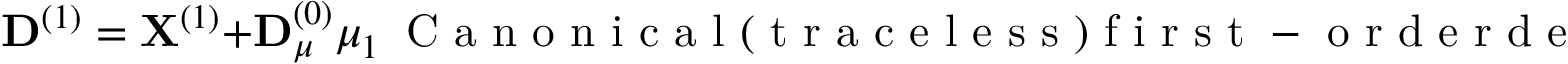
{ \bf D } ^ { ( 1 ) } = { \bf X } ^ { ( 1 ) } + { \bf D } _ { \mu } ^ { ( 0 ) } \mu _ { 1 } ~ \mathrm { ~ C ~ a ~ n ~ o ~ n ~ i ~ c ~ a ~ l ~ ( ~ t ~ r ~ a ~ c ~ e ~ l ~ e ~ s ~ s ~ ) ~ f ~ i ~ r ~ s ~ t ~ - ~ o ~ r ~ d ~ e ~ r ~ d ~ e ~ n ~ s ~ i ~ t ~ y ~ m ~ a ~ t ~ r ~ i ~ x ~ r ~ e ~ s ~ p ~ o ~ n ~ s ~ e ~ }